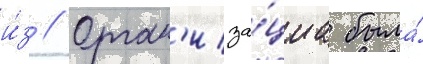
и́з // Орган'иза́циа была́